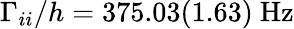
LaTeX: \Gamma_{ii}/h=375.03(1.63)~\mathrm{{Hz}}